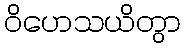
ဝိဟေသယိတွာ